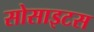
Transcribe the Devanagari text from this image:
सोसाइटस